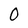
Character: 0